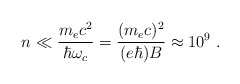
\begin{align*}n \ll \frac{m_e c^2}{\hbar\omega_c} = \frac{(m_e c)^2}{(e\hbar)B} \approx 10^9\;.\end{align*}